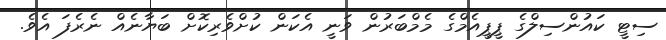
ސިޓީ ކައުންސިލްގެ ޕީޕީއެމްގެ މެމްބަރުން ވަނީ އެކަން ކުށްވެރިކޮށް ބަޔާނެއް ނެރެފަ އެވެ.